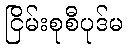
ငြိမ်းစုစီပုဒ်မ